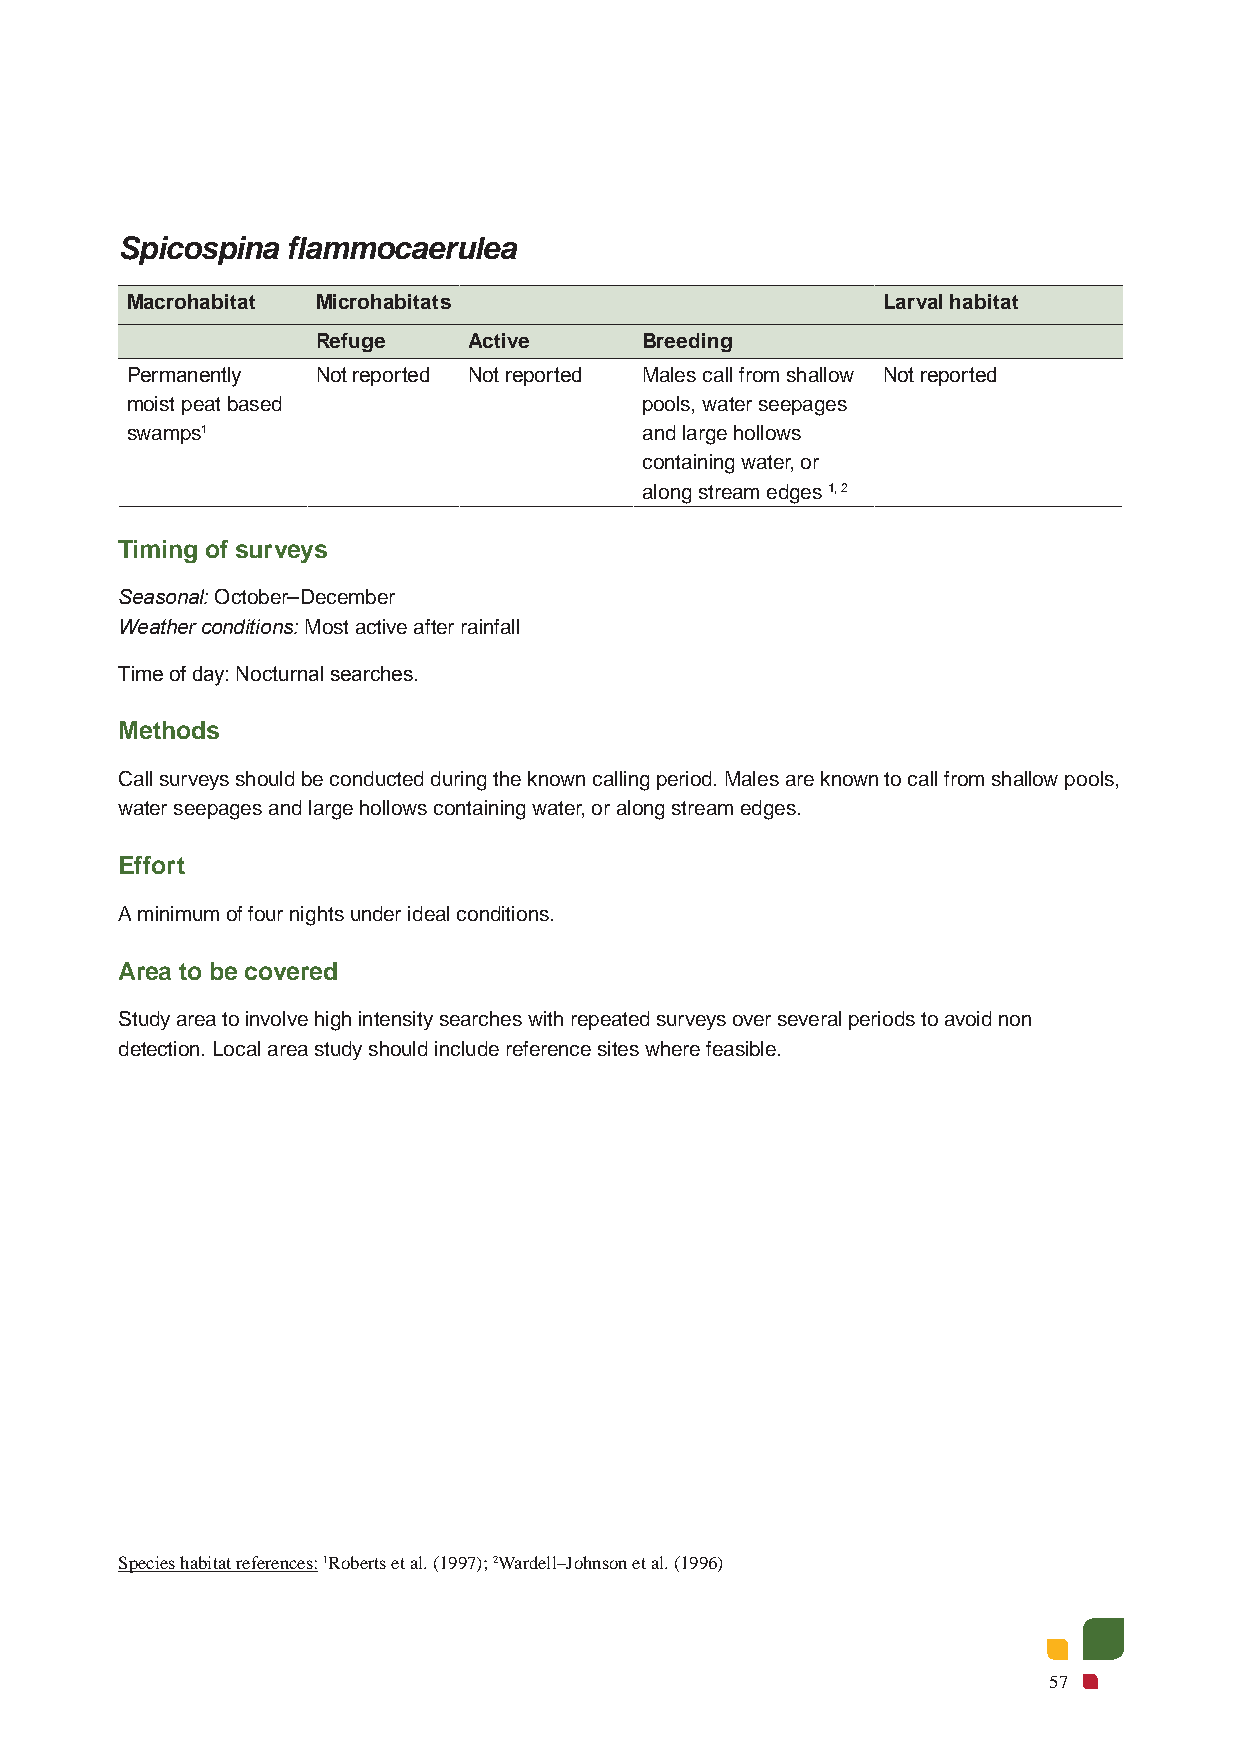
Spicospina flammocaerulea
 Macrohabitat Microhabitats                        Larval habitat
 Refuge    Active     Breeding
 Permanently  Not reported Not reported Males call from shallow Not reported
 moist peat based                  pools, water seepages
 swamps1                           and large hollows
 containing water, or
 along stream edges 1, 2
 Timing of surveys
 Seasonal: October–December
 Weather conditions: Most active after rainfall
 Time of day: Nocturnal searches.
 Methods
 Call surveys should be conducted during the known calling period. Males are known to call from shallow pools,
 water seepages and large hollows containing water, or along stream edges.
 Effort
 A minimum of four nights under ideal conditions.
 Area to be covered
 Study area to involve high intensity searches with repeated surveys over several periods to avoid non
 detection. Local area study should include reference sites where feasible.
 Species habitat references: 1Roberts et al. (1997); 2Wardell–Johnson et al. (1996)
 57